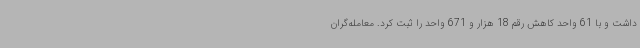
داشت و با 61 واحد کاهش رقم 18 هزار و 671 واحد را ثبت کرد. معامله‌گران